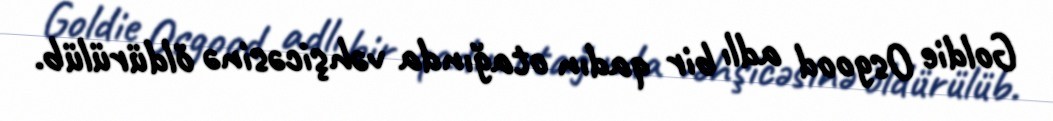
Goldie Osgood adlı bir qadın otağında vəhşicəsinə öldürülüb.